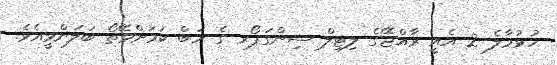
ހުޅުމާލެ 2 އެއީ ރާއްޖޭގެ ލިޓިލް ސިންގަޕޯރ ގެ ހަބް ކަމަށްވޭތޯ ބަލަންވީއެވެ.